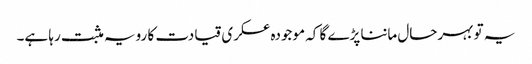
یہ تو بہرحال ماننا پڑے گا کہ موجودہ عسکری قیادت کا رویہ مثبت رہا ہے۔